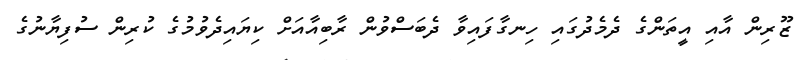
ޒޫރިން އާއި އީތަންގެ ދެމެދުގައި ހިނގާފައިވާ ދެބަސްވުން ރާބިއާއަށް ކިޔައިދެވުމުގެ ކުރިން ސުފިޔާނުގެ